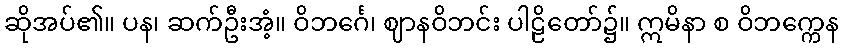
ဆိုအပ်၏။ ပန၊ ဆက်ဦးအံ့။ ဝိဘင်္ဂေ၊ ဈာနဝိဘင်း ပါဠိတော်၌။ ဣမိနာ စ ဝိဘက္ကေန